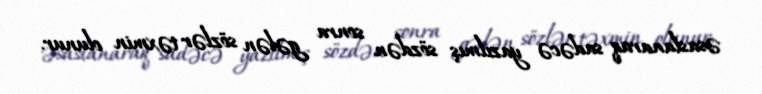
əsaslanaraq sadəcə yazılmış sözdən sonra gələn sözlər təxmin olunur.